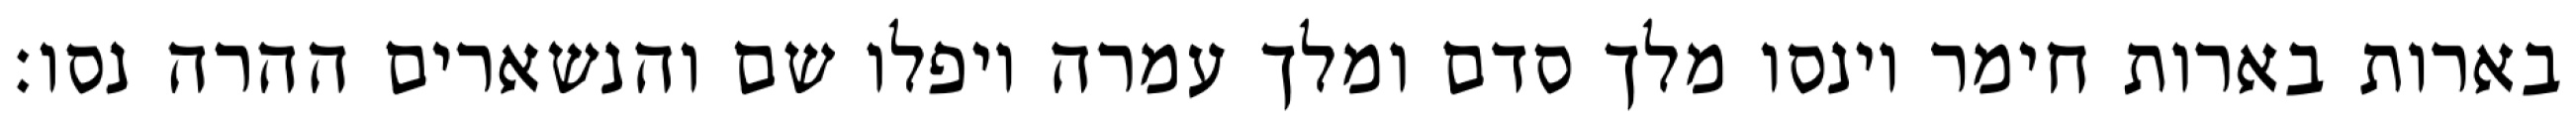
בארות בארות חימר וינסו מלך סדם ומלך עמרה ויפלו שם והנשארים ההרה נסו׃